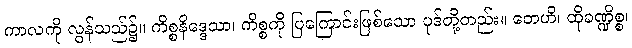
ကာလကို လွန်သည်၌။ ကိစ္စနိဒ္ဒေသာ၊ ကိစ္စကို ပြကြောင်းဖြစ်သော ပုဒ်တို့တည်း။ တေဟိ၊ ထိုခဏ္ဍိစ္စ၊